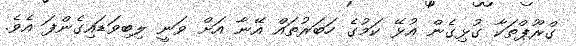
ގްރޫޕްތަކާ ގުޅިގެން އުޅޭ ކަމުގެ ހަބަރުތައް އޭނާ އަށް ވަނީ ލިބިވަޑައިގެންފަ އެވެ.